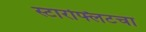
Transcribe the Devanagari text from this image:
स्टारफ्लिटचा